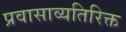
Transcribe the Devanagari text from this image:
प्रवासाव्यतिरिक्त